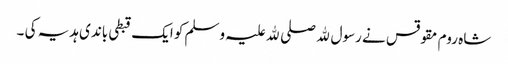
شاہ روم مقوقس نے رسول ﷲ صلی ﷲ علیہ وسلم کو ایک قبطی باندی ہدیہ کی ۔